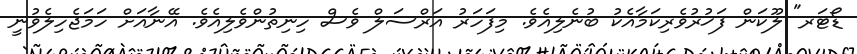
ޑޯޓަރ" ލޫކަން ފަޚުރުވެރިކަމާއެކު ބުނެލިއެވެ. މިފަހަރު އަރްސަލް ވެސް ހިނިތުންވެލިއެވެ. އޭނާއަށް ހަމަޖެހިލެވުނީ